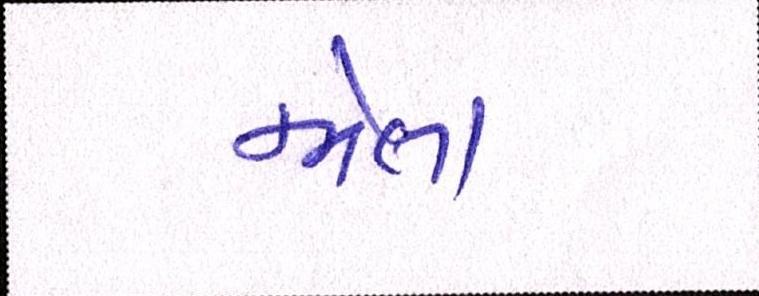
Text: જોતા